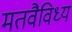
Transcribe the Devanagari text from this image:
मतवैविध्य